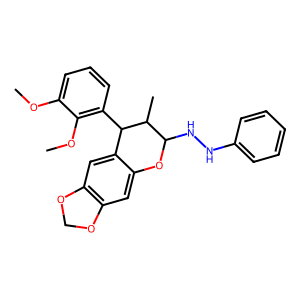
SMILES: COc1cccc(C2c3cc4c(cc3OC(NNc3ccccc3)C2C)OCO4)c1OC
Inhibits HIV replication: No